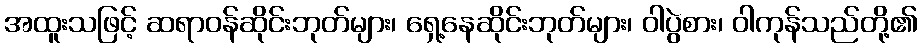
အထူးသဖြင့် ဆရာဝန်ဆိုင်းဘုတ်များ၊ ရှေ့နေဆိုင်းဘုတ်များ၊ ဝါပွဲစား၊ ဝါကုန်သည်တို့၏